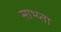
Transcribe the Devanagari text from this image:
साभ्य्ता